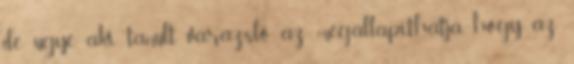
de ugye, aki tanult varázsló az megállapíthatja, hogy az